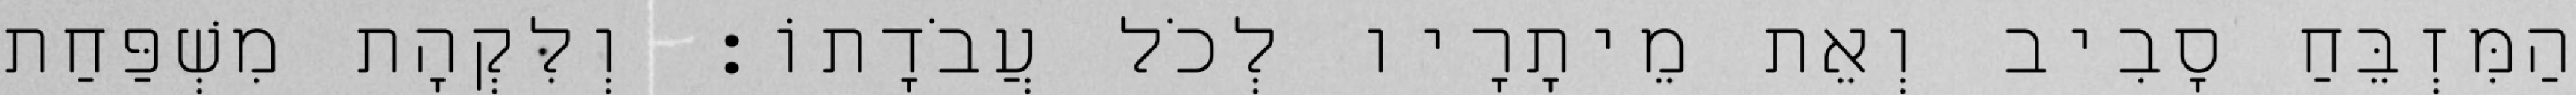
הַמִּזְבֵּחַ סָבִיב וְאֵת מֵיתָרָיו לְכֹל עֲבֹדָתוֹ׃ וְלִקְהָת מִשְׁפַּחַת